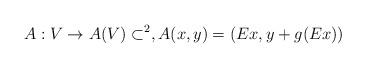
LaTeX: \begin{align*}A:V\to A(V)\subset\real^{2}, A(x,y)=(Ex,y+g(Ex))\end{align*}